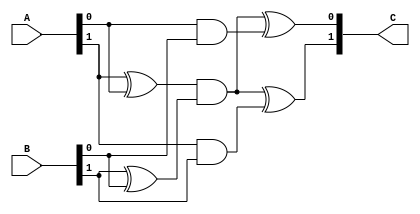
module MUL_2 (
    input  [1:0] A,
    input  [1:0] B,
    output [1:0] C
);
    wire aandb;
    assign aandb = ((A[1] ^ A[0]) & (B[1] ^ B[0]));
    assign C[0] = aandb ^ (A[0] & B[0]);
    assign C[1] = aandb ^ (A[1] & B[1]);
endmodule

module DOM_GF_MULS_2 (
    input  [1:0] A_1,
    input  [1:0] A_2,
    input  [1:0] B_1,
    input  [1:0] B_2,
    input  [1:0] rand,
    output [1:0] E,
    output [1:0] F
);

    wire [1:0] c_0, c_1, c_2, c_3;

    MUL_2 m0 (A_2, B_2, c_0);
    MUL_2 m1 (A_2, B_1, c_1);
    MUL_2 m2 (A_1, B_2, c_2);
    MUL_2 m3 (A_1, B_1, c_3);

    assign F = {c_0 ^ c_1 ^ rand};
    assign E = {c_2 ^ c_3 ^ rand};
endmodule

module square_scaler_4 (
    input  [3:0] A,
    output [3:0] B
);
    assign B[0] = A[0];
    assign B[1] = A[0] ^ A[1];
    assign B[2] = A[1] ^ A[3];
    assign B[3] = A[0] ^ A[2];
endmodule

module MUL_4 (
    input [3:0] A,
    input [3:0] B,
    output [3:0] C
);
    wire [1:0] ph, pl, p;
    assign ph[0] = ((A[3] ^ A[2]) & (B[3] ^ B[2])) ^ (A[2] & B[2]);
    assign ph[1] = ((A[3] ^ A[2]) & (B[3] ^ B[2])) ^ (A[3] & B[3]);

    assign pl[0] = ((A[1] ^ A[0]) & (B[1] ^ B[0])) ^ (A[0] & B[0]);
    assign pl[1] = ((A[1] ^ A[0]) & (B[1] ^ B[0])) ^ (A[1] & B[1]);

    wire [1:0] aa, bb;
    assign aa = (A[3:2] ^ A[1:0]);
    assign bb = (B[3:2] ^ B[1:0]);

    assign p[1] = ((aa[1] ^ aa[0]) & (bb[1] ^ bb[0])) ^ (aa[0] & bb[0]);
    assign p[0] = ((aa[1] ^ aa[0]) & (bb[1] ^ bb[0])) ^ (aa[1] & bb[1]) ^ p[1];

    assign C = {(ph ^ p), (pl ^ p)};
    
endmodule

module DOM_GF_MULS_4 (
    input  [3:0] A_1,
    input  [3:0] A_2,
    input  [3:0] B_1,
    input  [3:0] B_2,
    input  [3:0] rand,
    output [3:0] E,
    output [3:0] F
);
    wire [3:0] c_0, c_1, c_2, c_3;

    MUL_4 m0 (A_1, B_2, c_0);
    MUL_4 m1 (A_1, B_1, c_1);
    MUL_4 m2 (A_2, B_2, c_2);
    MUL_4 m3 (A_2, B_1, c_3);

    assign E = {c_0 ^ c_1 ^ rand};
    assign F = {c_2 ^ c_3 ^ rand};
endmodule

module stage_one_DOM_GF_INV_4 (
    input  [3:0] A,
    output [1:0] a,
    output [1:0] b,
    output [1:0] D
);
    wire [1:0] c;

    assign a = A[3:2];
    assign b = A[1:0];
    // xor and square
    assign c = {a[0] ^ b[0], a[1] ^ b[1]};
    // scale
    assign D = {c[0], c[0] ^ c[1]};

endmodule

module stage_two_DOM_GF_INV_4 (
    input  [1:0] A,
    input  [1:0] B,
    output [1:0] D
);
    wire [1:0] c;
    assign c = A ^ B;
    // equal to inversion
    assign D = {c[0], c[1]};
endmodule

module DOM_GF_INV_4 (
    input  [3:0] A,
    input  [3:0] B,
    input  [5:0] rand,
    output [3:0] G,
    output [3:0] H
);
    wire [3:0] in, out;
    assign in = A ^ B;
    // first share
    wire [1:0] A_a, A_b, A_c; 
    stage_one_DOM_GF_INV_4 stage10 (.A(A), .a(A_a), .b(A_b), .D(A_c));

    // second share
    wire [1:0] B_a, B_b, B_c; 
    stage_one_DOM_GF_INV_4 stage11 (.A(B), .a(B_a), .b(B_b), .D(B_c));

    wire [1:0] A_d, B_d;
    DOM_GF_MULS_2 m0 (.A_1(A_a), .A_2(B_a), .B_1(A_b), .B_2(B_b), .rand(rand[1:0]), .E(A_d), .F(B_d));

    // TODO REG/LATCH

    // first share
    wire [1:0] A_e; 
    stage_two_DOM_GF_INV_4 stage20 (.A(A_c), .B(A_d), .D(A_e));

    // second share
    wire [1:0] B_e; 
    stage_two_DOM_GF_INV_4 stage21 (.A(B_c), .B(B_d), .D(B_e));

    // TODO REG/LATCH

    wire [1:0] A_f0, A_f1, B_f0, B_f1;
    DOM_GF_MULS_2 m1 (.A_1(A_a), .A_2(B_a), .B_1(A_e), .B_2(B_e), .rand(rand[3:2]), .E(A_f0), .F(B_f0));

    DOM_GF_MULS_2 m2 (.A_1(A_b), .A_2(B_b), .B_1(A_e), .B_2(B_e), .rand(rand[5:4]), .E(A_f1), .F(B_f1));

    // TODO REG/LATCH

    assign G = {A_f1, A_f0};
    assign H = {B_f1, B_f0};
endmodule

module stage_one_DOM_GF_INV_8 (
    input  [7:0] A,
    output [3:0] a,
    output [3:0] b,
    output [3:0] D
);
    wire [3:0] c;

    assign a = A[7:4];
    assign b = A[3:0];
    assign c = a ^ b;
    square_scaler_4 s0 (.A(c), .B(D));
endmodule

module stage_two_DOM_GF_INV_8 (
    input  [3:0] A,
    input  [3:0] B,
    output [3:0] C
);
    assign C = A ^ B;
endmodule

module DOM_GF_INV_8 (
    input  [7:0]  A,
    input  [7:0]  B,
    input  [17:0] rand,
    output [7:0]  G,
    output [7:0]  H
);
    // first share
    wire [3:0] A_a, A_b, A_c; 
    stage_one_DOM_GF_INV_8 stage10 (.A(A), .a(A_a), .b(A_b), .D(A_c));

    // second share
    wire [3:0] B_a, B_b, B_c; 
    stage_one_DOM_GF_INV_8 stage11 (.A(B), .a(B_a), .b(B_b), .D(B_c));

    wire [3:0] A_d, B_d;
    DOM_GF_MULS_4 m0 (.A_1(A_a), .A_2(B_a), .B_1(A_b), .B_2(B_b), .rand(rand[3:0]), .E(A_d), .F(B_d));
    
    // TODO REG/LATCH

    // first share
    wire [3:0] A_e; 
    stage_two_DOM_GF_INV_8 stage20 (.A(A_c), .B(A_d), .C(A_e));

    // second share
    wire [3:0] B_e; 
    stage_two_DOM_GF_INV_8 stage21 (.A(B_c), .B(B_d), .C(B_e));

    // TODO REG/LATCH

    wire [3:0] A_f, B_f;
    DOM_GF_INV_4 inv4 (.A(A_e), .B(B_e), .rand(rand[9:4]), .G(A_f), .H(B_f));
    // DOM_GF_INV_4 inv42 (.A(4'hd), .B(4'h7), .rand(rand[9:4]), .G(A_f), .H(B_f));


    wire [3:0] A_f0, A_f1, B_f0, B_f1;
    DOM_GF_MULS_4 m1 (.A_1(A_f), .A_2(B_f), .B_1(A_a), .B_2(B_a), .rand(rand[13:10]), .E(A_f0), .F(B_f0));

    DOM_GF_MULS_4 m2 (.A_1(A_f), .A_2(B_f), .B_1(A_b), .B_2(B_b), .rand(rand[17:14]), .E(A_f1), .F(B_f1));

    // TODO REG/LATCH

    assign G = {A_f1, A_f0};
    assign H = {B_f1, B_f0};

endmodule

module Mapping(
    input  [7:0] A,
    output [7:0] B
);
    assign B[0] = A[6] ^ A[3] ^ A[2] ^ A[1] ^ A[0];
    assign B[1] = A[6] ^ A[5] ^ A[0];
    assign B[2] = A[0];
    assign B[3] = A[7] ^ A[4] ^ A[3] ^ A[1] ^ A[0];
    assign B[4] = A[7] ^ A[6] ^ A[5] ^ A[0];
    assign B[5] = A[6] ^ A[5] ^ A[1] ^ A[0];
    assign B[6] = A[6] ^ A[5] ^ A[4] ^ A[0];
    assign B[7] = A[7] ^ A[6] ^ A[5] ^ A[2] ^ A[1] ^ A[0];
endmodule

module inv_Mapping(
    input  [7:0] A,
    output [7:0] B
);
    assign B[0] = A[6] ^ A[4] ^ A[1];
    assign B[1] = A[5] ^ A[4] ^ A[1];
    assign B[2] = A[6] ^ A[5] ^ A[3] ^ A[2] ^ A[0];
    assign B[3] = A[7] ^ A[6] ^ A[5] ^ A[4] ^ A[3];
    assign B[4] = A[7] ^ A[5] ^ A[3];
    assign B[5] = A[6] ^ A[0];
    assign B[6] = A[7] ^ A[3];
    assign B[7] = A[5] ^ A[3];
endmodule

module Sbox (
    input  [7:0] A,
    input  [7:0] B,
    input  [17:0] rand,
    output [7:0] E,
    output [7:0] F
);
    /* linear mapping & change basis to GF(2^8)/GF(2^4)/GF(2^2)
    combine with bit inverse matrix multiply of Sbox */
    // first share
    wire [7:0] A_C, A_D;
    Mapping m0 (.A(A), .B(A_C));

    // second share
    wire [7:0] B_C, B_D;
    Mapping m1 (.A(B), .B(B_C));

    // TODO  REG/LATCH
    // inversion
    DOM_GF_INV_8 inv8 (A_C, B_C, rand, A_D, B_D);

    /* linear iverse mapping & change basis back to GF(2^8) */
    // first share 
    wire [7:0] e_t;
    inv_Mapping im0 (.A(A_D), .B(e_t)); 
    assign E = e_t ^ 8'b01100011;

    // second share
    inv_Mapping im1 (.A(B_D), .B(F));
    // TODO  REG/LATCH
endmodule

module PRNG  #(
    parameter output_bits = 64
    )
    (
    input                           clk,
    input                           rst,
    input   [79:0]                  key,
    input   [79:0]                  iv,
    output  [(output_bits-1):0]     stream_out
);
    reg [287:0] state [0:output_bits];
    wire [output_bits-1:0] t1, t2, t3;

    always @(posedge clk) begin
        if (rst) begin            
            state[0] = {3'b111, 112'b0, iv, 13'b0, key};
        end else begin
            state[0] = state[output_bits];
        end
    end
    genvar i;
    generate
        for (i = 0; i < output_bits; i = i + 1) begin
            assign t1[i] = state[i][161] ^ state[i][176];
            assign t2[i] = state[i][65]  ^ state[i][92];
            assign t3[i] = state[i][242] ^ state[i][287];

            always @(*) begin
                state[i+1] = {state[i][286:177], t1[i] ^ (state[i][174] & state[i][175]) ^ state[i][263], state[i][175:93], (t2[i] ^ (state[i][90] & state[i][91]) ^ state[i][170]), state[i][91:0], (t3[i] ^ (state[i][285] & state[i][286]) ^ state[i][68])};
            end
            
            assign stream_out[i] = t1[output_bits - (i + 1) ] ^ t2[output_bits - (i + 1)] ^ t3[output_bits - (i + 1)];
        end
    endgenerate

endmodule


`timescale 1ns / 1ns
module tb_sbox;
    reg clk, rst;
    reg [7:0] a = 8'h7;
    reg [7:0] b = 8'h5;
    wire [63:0] out;
    wire [7:0] e, f, res;
    assign res = e ^ f;
    parameter stop_time=20;
    initial #stop_time $finish;
    always #2 clk=~clk;  
    Sbox u1 (.A(a),.B(b), .rand(out[17:0]), .E(e), .F(f));
    PRNG u2 (.rst(rst), .clk(clk), .key(80'h00010203040506070809), .iv(80'h00010203040506070809), .stream_out(out));
    initial begin
        $dumpfile("dump.vcd");
        $dumpvars(0, tb_sbox);
        clk=1'b1; rst=1'b1;
        #2
        rst=1'b0; 
        end    
endmodule